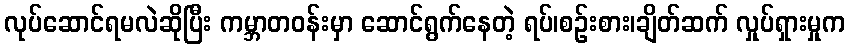
လုပ်ဆောင်ရမလဲဆိုပြီး ကမ္ဘာတဝန်းမှာ ဆောင်ရွက်နေတဲ့ ရပ်၊စဉ်းစား၊ချိတ်ဆက် လှုပ်ရှားမှုက